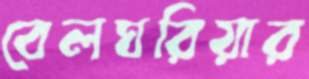
বেলঘরিয়ার